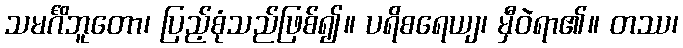
သမင်္ဂိဘူတော၊ ပြည့်စုံသည်ဖြစ်၍။ ပရိစရေယျ၊ မှီဝဲရာ၏။ တဿ၊